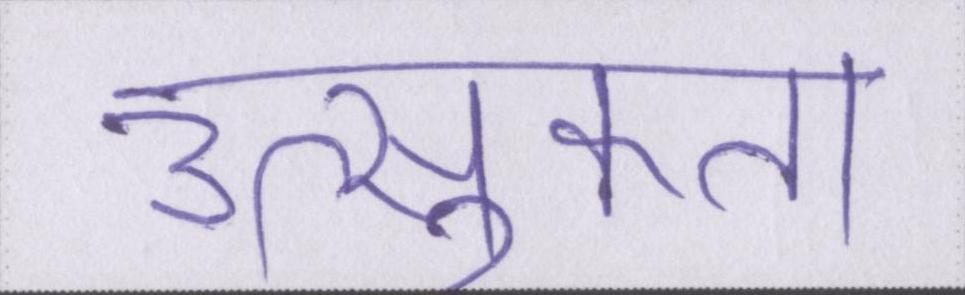
उत्सुकता